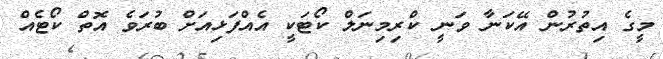
މީގެ އިތުރުން އޭކަނާ ވަނީ ކްރިމިނަލް ކޯޓަކީ އެއްފަޅިއަށް ބުރަވެ އޮތް ކޯޓެއް